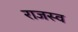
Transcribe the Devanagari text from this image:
राजस्व